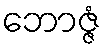
ဘောဇ္ဇံ